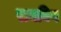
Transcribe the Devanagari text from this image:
रामविण